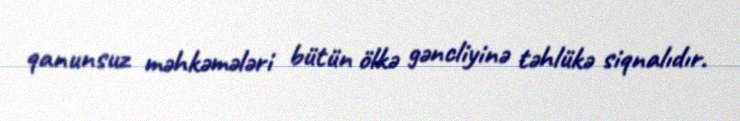
qanunsuz məhkəmələri bütün ölkə gəncliyinə təhlükə siqnalıdır.